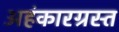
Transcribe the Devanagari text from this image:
अहंकारग्रस्त